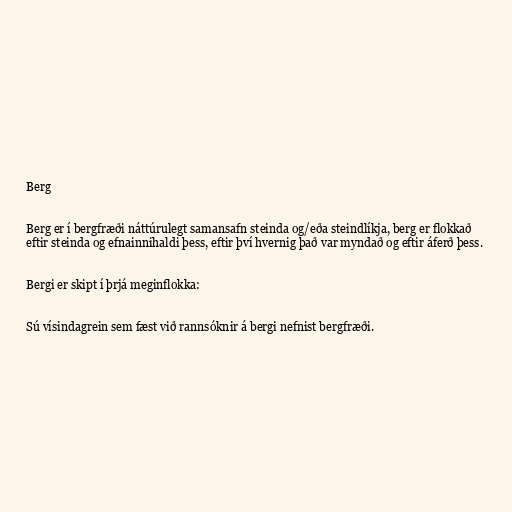
Berg

Berg er í bergfræði náttúrulegt samansafn steinda og/eða steindlíkja, berg er flokkað
eftir steinda og efnainnihaldi þess, eftir því hvernig það var myndað og eftir áferð þess.

Bergi er skipt í þrjá meginflokka:

Sú vísindagrein sem fæst við rannsóknir á bergi nefnist bergfræði.